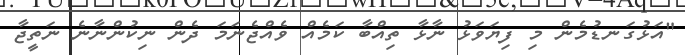
"އަޅުގަނޑުމެން މި ފިޔަވަޅު ނާޅާ ތިއްބާ ކަމެއް ވެއްޖެނަމަ ދެން ނިކުންނާނެ ނަތީޖާ